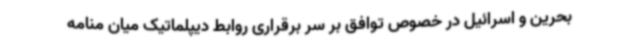
بحرین و اسرائیل در خصوص توافق بر سر برقراری روابط دیپلماتیک میان منامه